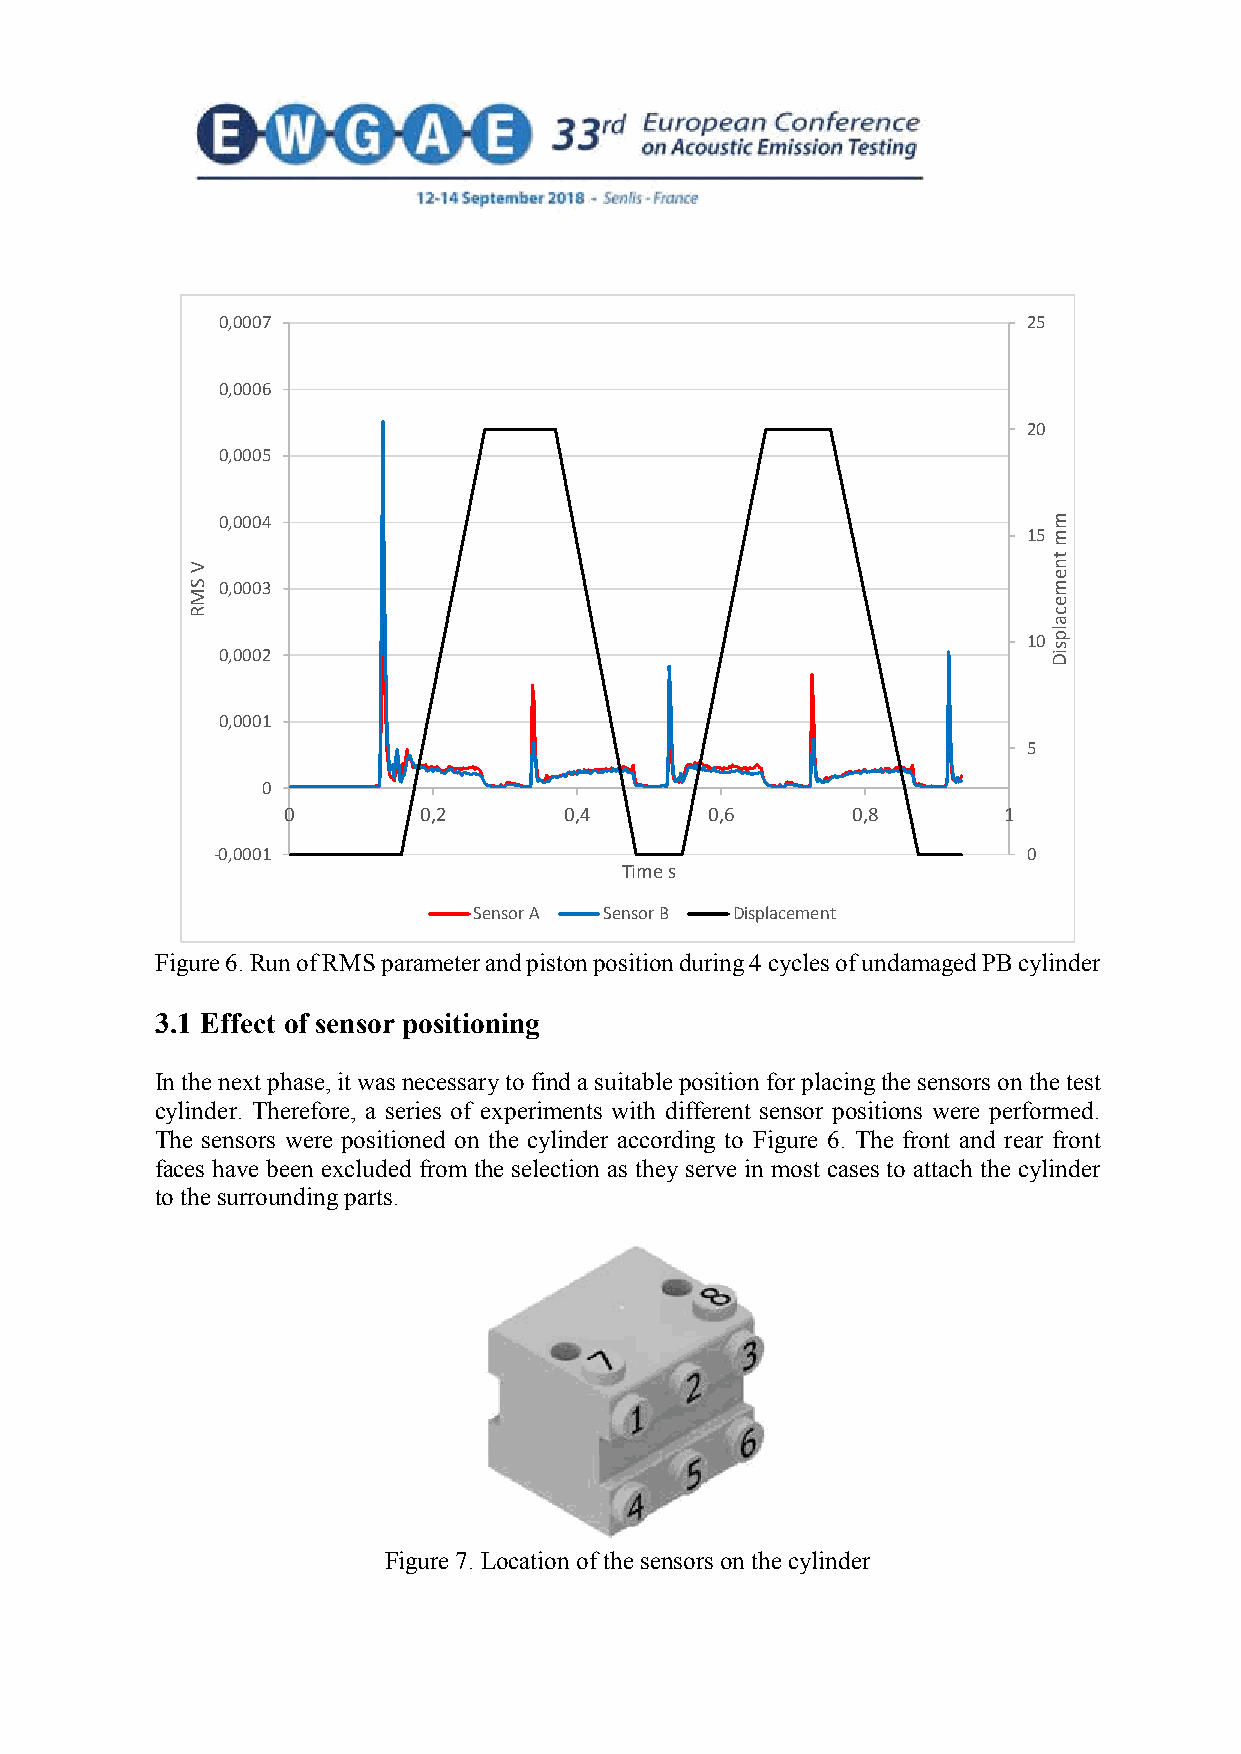
0,0007                                               25
 0,0006
 20
 0,0005
 0,0004
 15
 0,0003
 10
 0,0002
 0,0001
 5
 0
 0        0,2      0,4       0,6      0,8       1
 -0,0001                                               0
 Time s
 Sensor A Sensor B Displacement
 Figure 6. Run of RMS parameter and piston position during 4 cycles of undamaged PB cylinder
 3.1 Effect of sensor positioning
 In the next phase, it was necessary to find a suitable position for placing the sensors on the test
 cylinder. Therefore, a series of experiments with different sensor positions were performed.
 The sensors were positioned on the cylinder according to Figure 6. The front and rear front
 faces have been excluded from the selection as they serve in most cases to attach the cylinder
 to the surrounding parts.
 Figure 7. Location of the sensors on the cylinder
 V
 SMR
 mm
 tnemecalpsiD